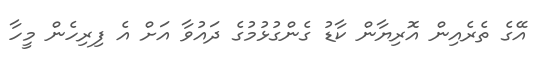
އޭގެ ތެރެއިން އޮރިޔާން ކާޑު ގެންގުޅުމުގެ ދައުވާ އަށް އެ ފިރިހެން މީހާ